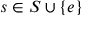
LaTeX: s \in S \cup \{ e \}